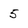
Character: 5